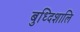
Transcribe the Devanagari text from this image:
बुध्दिशालि